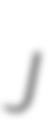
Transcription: J